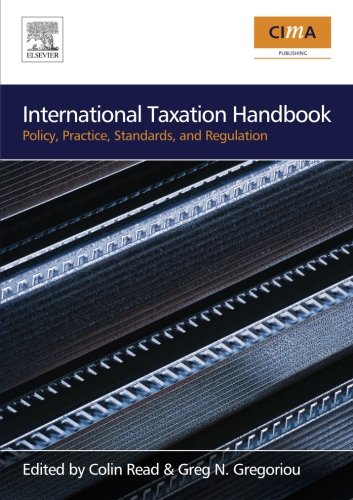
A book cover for International Taxation Handbook: Policy, Practice, Standards, and Regulation; Law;